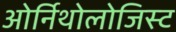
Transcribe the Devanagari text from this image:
ओर्निथोलोजिस्ट